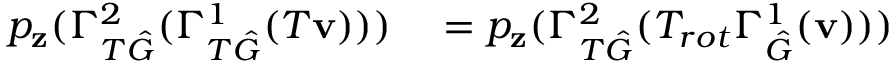
\begin{array} { r l } { p _ { \mathbf { z } } ( \Gamma _ { T \hat { G } } ^ { 2 } ( \Gamma _ { T \hat { G } } ^ { 1 } ( T \mathbf { v } ) ) ) } & { { } = p _ { \mathbf { z } } ( \Gamma _ { T \hat { G } } ^ { 2 } ( T _ { r o t } \Gamma _ { \hat { G } } ^ { 1 } ( \mathbf { v } ) ) ) } \end{array}